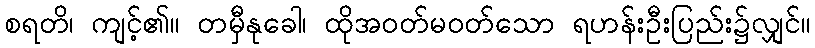
စရတိ၊ ကျင့်၏။ တမှီနုခေါ၊ ထိုအဝတ်မဝတ်သော ရဟန်းဦးပြည်း၌လျှင်။